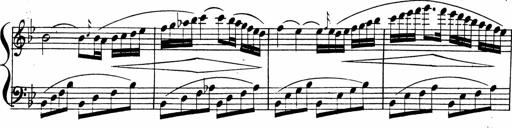
Title: 2 Piano Sonatinas
Composer: Ferdinand Ries